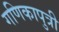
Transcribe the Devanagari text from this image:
गणिकापुत्री